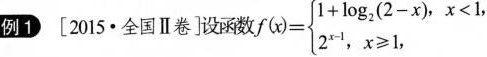
例1[2015∙全国Ⅱ卷]设函数$$f(x)= \left\{ \begin{matrix} 1+ \log _{2}(2-x),x<1 , \\ 2^{x-1},x \geqslant 1, \end{matrix} \right.$$